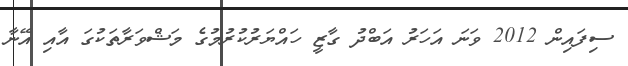
ސިފައިން 2012 ވަނަ އަހަރު އަބްދު ގާޒީ ހައްޔަރުކުރުމުގެ މަޝްވަރާތަކުގަ އާއި އޭނާ